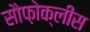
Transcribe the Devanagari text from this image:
सौफ़ोक्लीस